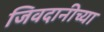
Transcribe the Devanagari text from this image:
जिवदानीच्या